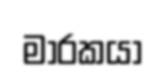
මාරකයා